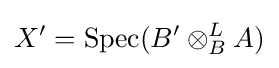
X'=\operatorname {Spec} (B'\otimes _{B}^{L}A)